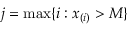
j = \operatorname* { m a x } \{ i : x _ { ( i ) } > M \}